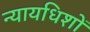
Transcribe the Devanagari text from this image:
न्यायधिशों